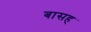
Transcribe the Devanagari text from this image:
बासह